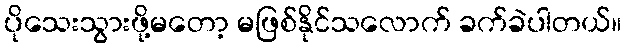
ပိုသေးသွားဖို့မတော့ မဖြစ်နိုင်သလောက် ခက်ခဲပါတယ်။